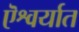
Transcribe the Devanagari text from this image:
ऎश्वर्यात